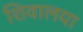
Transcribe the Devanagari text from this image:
शिवालया